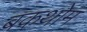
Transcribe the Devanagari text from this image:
बकथोम